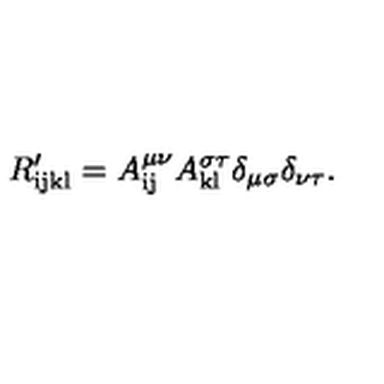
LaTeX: R _ { \mathrm { i j k l } } ^ { \prime } = A _ { \mathrm { i j } } ^ { \mu \nu } A _ { \mathrm { k l } } ^ { \sigma \tau } \delta _ { \mu \sigma } \delta _ { \nu \tau } .